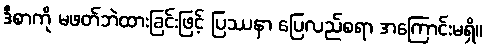
ဒီစာကို မဖတ်ဘဲထားခြင်းဖြင့် ပြဿနာ ပြေလည်စရာ အကြောင်းမရှိ။